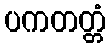
ပကတတ္တံ